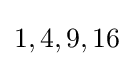
1,4,9,16